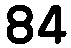
84